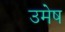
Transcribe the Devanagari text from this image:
उमेष